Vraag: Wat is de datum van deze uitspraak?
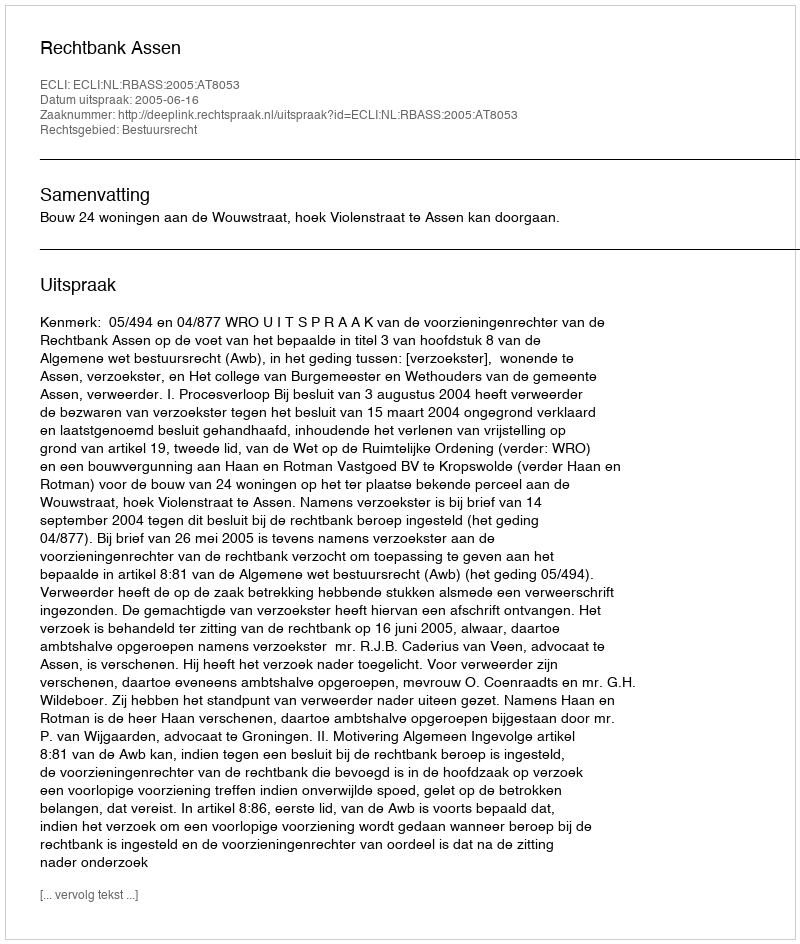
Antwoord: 2005-06-16